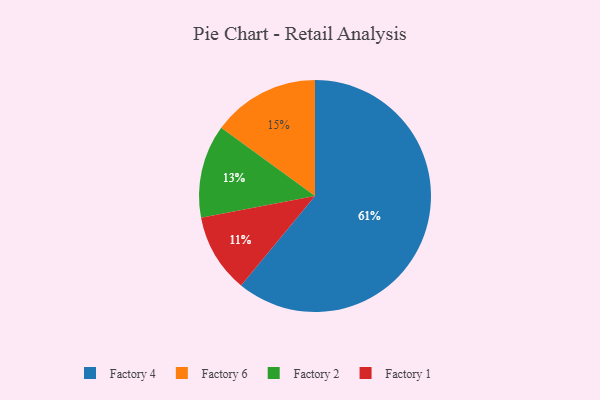
{"axis": {"x": "Category", "y": "Percentage"}, "legend": ["Factory 1", "Factory 2", "Factory 4", "Factory 6"], "data": [{"x": "Factory 6", "y": 15, "type": "Factory 6"}, {"x": "Factory 4", "y": 61, "type": "Factory 4"}, {"x": "Factory 2", "y": 13, "type": "Factory 2"}, {"x": "Factory 1", "y": 11, "type": "Factory 1"}]}